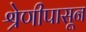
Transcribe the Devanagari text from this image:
श्रेणीपासून